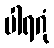
ပါရဂုံ